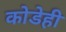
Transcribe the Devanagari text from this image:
कोडेही